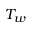
T _ { w }